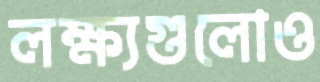
লক্ষ্যগুলোও